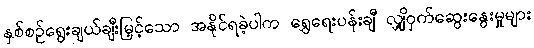
နှစ်စဉ်ရွေးချယ်ချီးမြှင့်သော အနိုင်ရခဲ့ပါက ရွှေရေးပန်းချီ လျှို့ဝှက်ဆွေးနွေးမှုများ